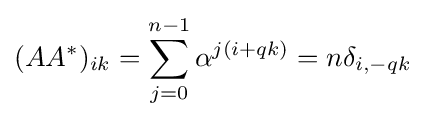
(AA^{*})_{ik}=\sum _{j=0}^{n-1}\alpha ^{j(i+qk)}=n\delta _{i,-qk}